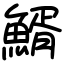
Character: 䱬